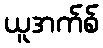
ယူအက်စ်